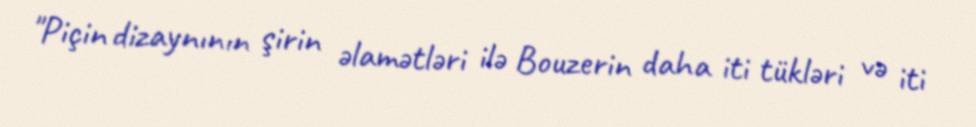
"Piçin dizaynının şirin əlamətləri ilə Bouzerin daha iti tükləri və iti